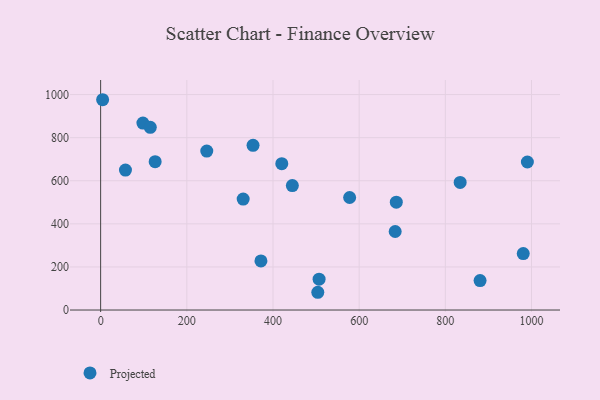
{"axis": {"x": "Ad Spend", "y": "Sales"}, "legend": ["Projected"], "data": [{"x": "507.0", "y": 143.0, "type": "Projected"}, {"x": "246.3", "y": 738.0, "type": "Projected"}, {"x": "577.9", "y": 522.3, "type": "Projected"}, {"x": "686.2", "y": 500.6, "type": "Projected"}, {"x": "126.5", "y": 688.7, "type": "Projected"}, {"x": "444.9", "y": 577.7, "type": "Projected"}, {"x": "330.8", "y": 515.1, "type": "Projected"}, {"x": "683.6", "y": 364.5, "type": "Projected"}, {"x": "98.1", "y": 867.9, "type": "Projected"}, {"x": "115.2", "y": 848.3, "type": "Projected"}, {"x": "420.4", "y": 679.4, "type": "Projected"}, {"x": "353.7", "y": 764.4, "type": "Projected"}, {"x": "980.8", "y": 262.2, "type": "Projected"}, {"x": "57.6", "y": 649.7, "type": "Projected"}, {"x": "504.0", "y": 82.4, "type": "Projected"}, {"x": "990.4", "y": 687.2, "type": "Projected"}, {"x": "4.6", "y": 976.2, "type": "Projected"}, {"x": "834.4", "y": 592.3, "type": "Projected"}, {"x": "880.6", "y": 136.7, "type": "Projected"}, {"x": "372.0", "y": 227.9, "type": "Projected"}]}